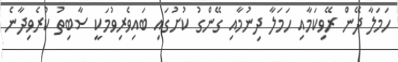
ހަމަލާ ދޭން ރޭވިކަމާއި ހަމަލާ ދިނުމާއި ގޭންގު ކުށުގައި ބައިވެރިވުމަކީ ސާބިތު ކުރެވިދާނެ